Leaving Certificate, 1898
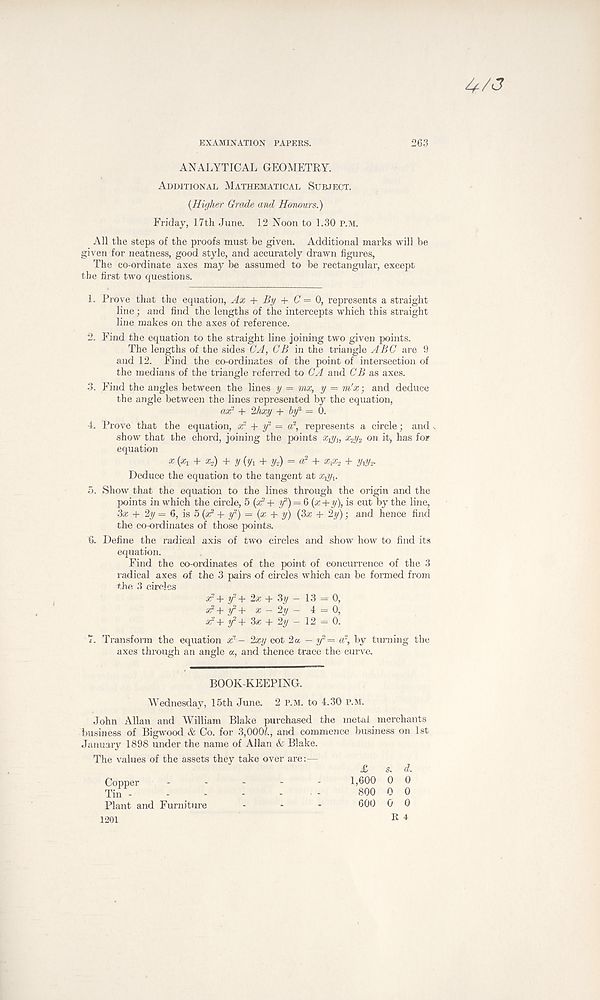
EXAMINATION PAPERS.
263
4 A?
ANALYTICAL GEOMETRY.
Additional Mathematical Subject.
{Higher Grade and Honours.)
Friday, 17th June. 12 Noon to 1.30 p.m.
All the steps of the proofs must be given. Additional marks will be
given for neatness, good style, and accurately drawn figures,
The co-ordinate axes may be assumed to be rectangular, except
the first two questions.
1. Prove that the equation, Ax + By + 0=0, represents a straight
line; and find the lengths of the intercepts which this straight
line makes on the axes of reference.
2. Find the equation to the straight line joining two given points.
The lengths of the sides CA, OB in the triangle ABC are 9
and 12. Find the co-ordinates of the point of intersection of
the medians of the triangle referred to CA and CB as axes.
3. Find the angles between the lines y = mx, y = m'x; and deduce
the angle between the lines represented by the equation,
oar + 2hxy + by 2 = 0.
4. Prove that the equation, x- + y 2 = a 2 , represents a circle; and s
show that the chord, joining the points x 2 y 2 on it, has for
equation x («! + «o) + y{yi + y_) = « 2 + x v x 2 + y y y 2 .
Deduce the equation to the tangent at x+y x .
5. Show that the equation to the lines through the origin and the
points in which the circle, 5 (y? + y*) = 6 (x+y), is cut by the line,
3x + 2y= 6, is 5 (af* + y 2 ) = (x + y) (3x + 2y); and hence find
the co-ordinates of those points.
6. Define the radical axis of two circles and show how to find its
equation.
Find the co-ordinates of the point of concurrence of the 3
radical axes of the 3 pairs of circles which can be formed from
the 3 circles x 2 + y 2 + 2x + 3y - 13 — 0,
a?+ f+ x - 2y - 4 = 0,
x*+ tf+ 3« + 2y - 12 = 0.
7. Transform the equation x ! - 2xy cot 2a — y'= d\ by turning the
axes through an angle a, and thence trace the curve.
BOOK-KEEPING.
Wednesday, 15th June. 2 p.m. to 4.30 p.m.
John Allan and William Blake purchased the metal merchants
business of Bigwood & Co. for 3,0001., and commence business on 1st
January 1898 under the name of Allan & Blake.
The values of the assets they take over are:—
£ s. d.
Copper ----- 1,600 0 0
Tin -
-
-
-
. . -
800 0 0
Plant and Furniture
-
-
-
600 0 0
R 4
1201